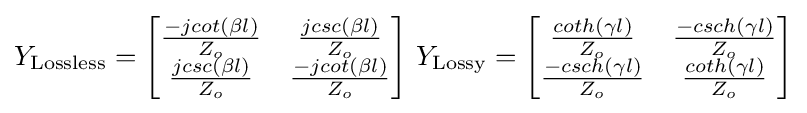
Y_{\text{Lossless}}={\begin{bmatrix}{\frac {-jcot(\beta l)}{Z_{o}}}&{\frac {jcsc(\beta l)}{Z_{o}}}\\{\frac {jcsc(\beta l)}{Z_{o}}}&{\frac {-jcot(\beta l)}{Z_{o}}}\end{bmatrix}}{\text{    }}Y_{\text{Lossy}}={\begin{bmatrix}{\frac {coth(\gamma l)}{Z_{o}}}&{\frac {-csch(\gamma l)}{Z_{o}}}\\{\frac {-csch(\gamma l)}{Z_{o}}}&{\frac {coth(\gamma l)}{Z_{o}}}\end{bmatrix}}